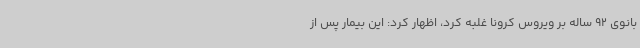
بانوی 92 ساله بر ویروس کرونا غلبه کرد، اظهار کرد: این بیمار پس از